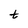
Character: t